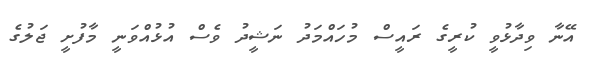
އޭނާ ވިދާޅުވީ ކުރީގެ ރައީސް މުހައްމަދު ނަޝީދު ވެސް އުޅުއްވަނީ މާފުށީ ޖަލުގެ